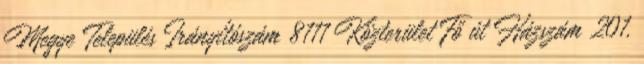
Megye Település Irányítószám 8111 Közterület Fő út Házszám 201.